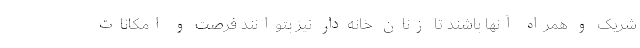
شریک و همراه آنها باشند تا زنان خانه‌دار نیز بتوانند فرصت و امکانات